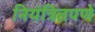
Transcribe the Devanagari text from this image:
नियंत्रितपणे